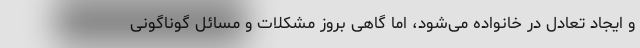
و ایجاد تعادل در خانواده می‌شود، اما گاهی بروز مشکلات و مسائل گوناگونی